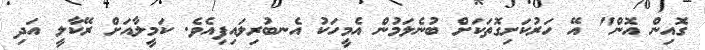
ގޮއިން އޮން" އޭ ހަރުކަށިގޮތަކަށް ބުނެލަމުން އެމީހަކު އެނބުރިލައިފިއެވެ. ކަމީލާއަށް ރޭކާލީ އަދި